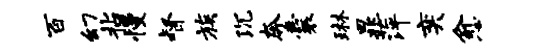
百幻拈慢督族沉奔囊琳晁萍奕愈